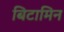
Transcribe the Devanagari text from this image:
बिटामिन